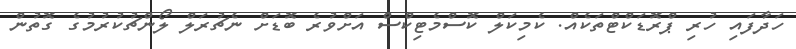
ހަދާފައި ހުރި ޕްރޮޑަކްޓްތަކެއް. ކެމިކަލް ކޮސްމެޓިކްސް އަށްވުރެ ބޮޑަށް ނެޗުރަލް ލޯންޗުކުރުމުގެ ގޮތުން